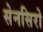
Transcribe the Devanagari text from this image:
सेनसिरो